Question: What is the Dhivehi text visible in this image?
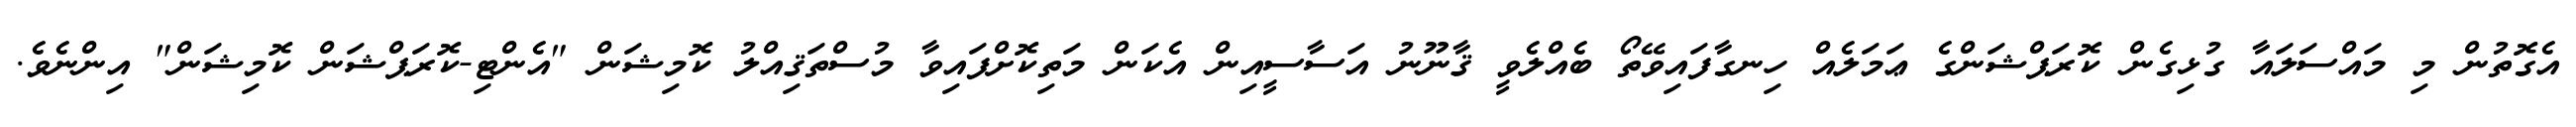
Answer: އެގޮތުން މި މައްސަލައާ ގުޅިގެން ކޮރަޕްޝަންގެ ޢަމަލެއް ހިނގާފައިވޭތޯ ބެއްލެވީ ޤާނޫނު އަސާސީއިން އެކަން މަތިކޮށްފައިވާ މުސްތަޤިއްލު ކޮމިޝަން "އެންޓި-ކޮރަޕްޝަން ކޮމިޝަން" އިންނެވެ.